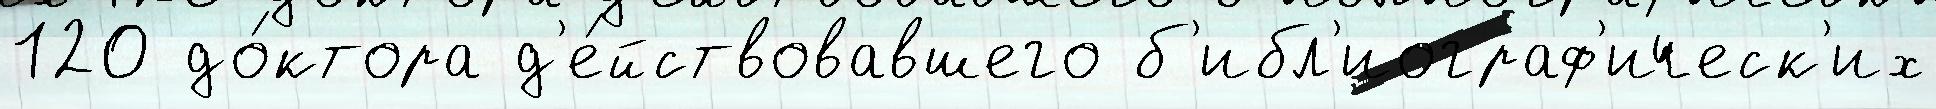
120 до́ктора д'е́йствовавшего б'ибл'иограф'ическ'их